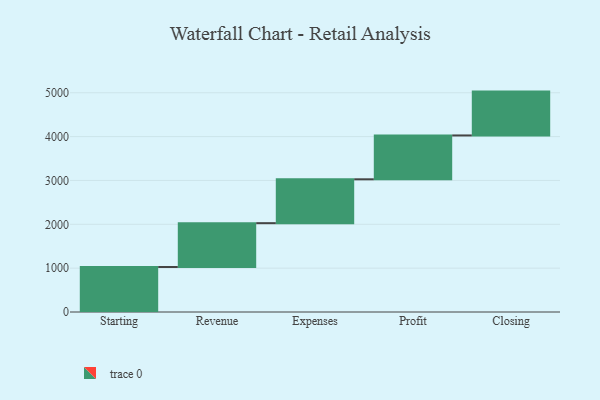
{"axis": {"x": "Step", "y": "Value"}, "legend": [""], "data": [{"x": "Starting", "y": 1026.0, "type": ""}, {"x": "Revenue", "y": 1000, "type": ""}, {"x": "Expenses", "y": 1000, "type": ""}, {"x": "Profit", "y": 1000, "type": ""}, {"x": "Closing", "y": 1000, "type": ""}]}